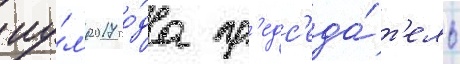
иу́л'я 2017 го́да пр'едс'еда́т'ель